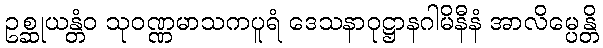
ဥစ္ဆုယန္တံဝ သုဝဏ္ဏမာသကပူရံ ဒေသနာဝုဋ္ဌာနဂါမိနီနံ အာလိမ္ပေန္တိ